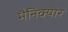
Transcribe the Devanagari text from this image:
मैनिक्‍योर